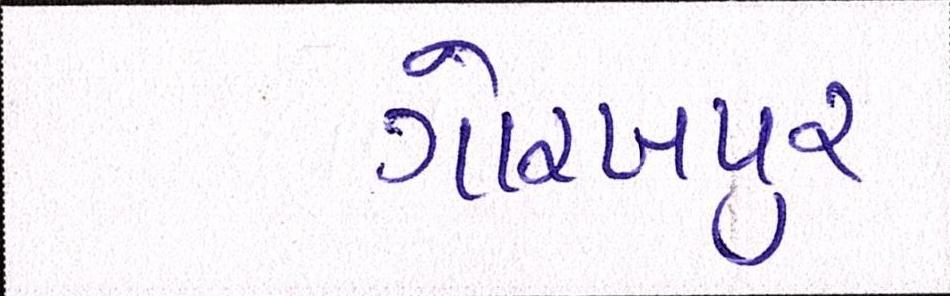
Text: ગોરખપુરઃ